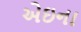
એઇના